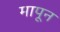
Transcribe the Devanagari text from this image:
मापून